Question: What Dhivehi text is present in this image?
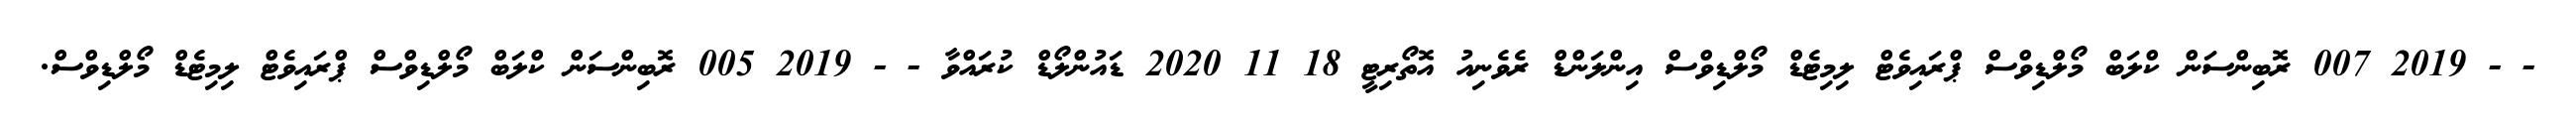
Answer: - - 2019 007 ރޮބިންސަން ކްލަބް މޯލްޑިވްސް ޕްރައިވެޓް ލިމިޓެޑް މޯލްޑިވްސް އިންލަންޑް ރެވެނިއު އޮތޯރިޓީ 18 11 2020 ޑައުންލޯޑް ކުރައްވާ - - 2019 005 ރޮބިންސަން ކްލަބް މޯލްޑިވްސް ޕްރައިވެޓް ލިމިޓެޑް މޯލްޑިވްސް.